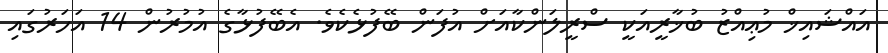
އައްޝައިޚް މުޢިއްޒު ބުޚާރީއަކީ ސްރީލަންކާއަށް އުފަން ބޭފުޅެކެވެ. އެބޭފުޅާގެ އުމުރުން 14 އަހަރުގައި